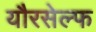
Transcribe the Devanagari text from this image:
यौरसेल्फ